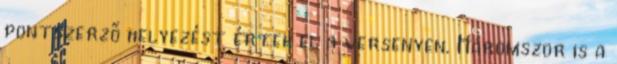
pontszerző helyezést értek el a versenyen. Háromszor is a